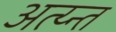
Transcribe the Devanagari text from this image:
अत्य्न्त